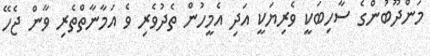
މަންދޫބުންގެ ސާހިބަކީ ވެރިޔަކީ އަދި އެމީހުން ތެދުވެރި ވެ އަމާނާތްތެރި ވާން ޖެހޭ